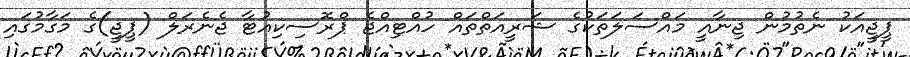
ޕީޖީއަކު ނެތުމުން ޖިނާއީ މައްސަލަތަކުގެ ޝަރީއަތްތައް ހުއްޓިއްޖެ ޕްރޮސިކިއުޓާ ޖެނެރަލް (ޕީޖީ)ގެ މަގާމުގައި